Civil Veterinary Department Bengal reports 1933-51 - 1933-1951
Year: 1933
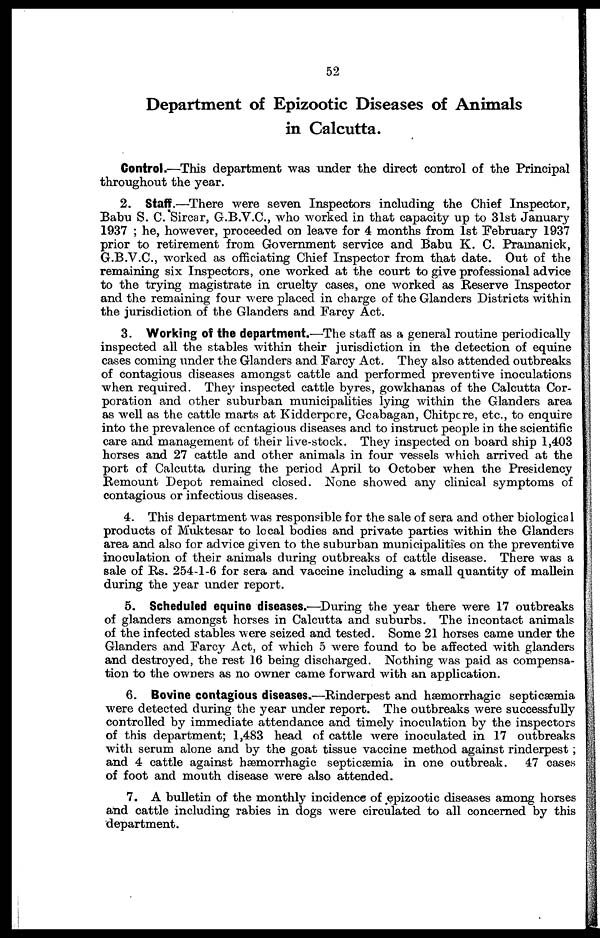
52
Department of Epizootic Diseases of Animals
in Calcutta.
Control.—This department was under the direct control of the Principal
throughout the year.
2. Staff.—There were seven Inspectors including the Chief Inspector,
Babu S. C. Sircar, G.B.V.C., who worked in that capacity up to 31st January
1937 ; he, however, proceeded on leave for 4 months from 1st February 1937
prior to retirement from Government service and Babu K. C. Pramanick,
G.B.V.C., worked as officiating Chief Inspector from that date. Out of the
remaining six Inspectors, one worked at the court to give professional advice
to the trying magistrate in cruelty cases, one worked as Reserve Inspector
and the remaining four were placed in charge of the Glanders Districts within
the jurisdiction of the Glanders and Farcy Act.
3. Working of the department.—The staff as a general routine periodically
inspected all the stables within their jurisdiction in the detection of equine
cases coming under the Glanders and Farcy Act. They also attended outbreaks
of contagious diseases amongst cattle and performed preventive inoculations
when required. They inspected cattle byres, gowkhanas of the Calcutta Cor-
poration and other suburban municipalities lying within the Glanders area
as well as the cattle marts at Kidderpcre, Goabagan, Chitpcre, etc., to enquire
into the prevalence of contagious diseases and to instruct people in the scientific
care and management of their live-stock. They inspected on board ship 1,403
horses and 27 cattle and other animals in four vessels which arrived at the
port of Calcutta during the period April to October when the Presidency
Remount Depot remained closed. None showed any clinical symptoms of
contagious or infectious diseases.
4. This department was responsible for the sale of sera and other biological
products of Muktesar to local bodies and private parties within the Glanders
area and also for advice given to the suburban municipalities on the preventive
inoculation of their animals during outbreaks of cattle disease. There was a
sale of Rs. 254-1-6 for sera and vaccine including a small quantity of mallein
during the year under report.
5. Scheduled equine diseases.—During the year there were 17 outbreaks
of glanders amongst horses in Calcutta and suburbs. The incontact animals
of the infected stables were seized and tested. Some 21 horses came under the
Glanders and Farcy Act, of which 5 were found to be affected with glanders
and destroyed, the rest 16 being discharged. Nothing was paid as compensa-
tion to the owners as no owner came forward with an application.
6. Bovine contagious diseases.—Rinderpest and hæmorrhagic septicæmia
were detected during the year under report. The outbreaks were successfully
controlled by immediate attendance and timely inoculation by the inspectors
of this department; 1,483 head of cattle were inoculated in 17 outbreaks
with serum alone and by the goat tissue vaccine method against rinderpest ;
and 4 cattle against hæmorrhagic septicæmia in one outbreak. 47 cases
of foot and mouth disease were also attended.
7. A bulletin of the monthly incidence of epizootic diseases among horses
and cattle including rabies in dogs were circulated to all concerned by this
department.